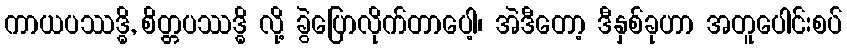
ကာယပဿဒ္ဓိ, စိတ္တပဿဒ္ဓိ လို့ ခွဲပြောလိုက်တာပေါ့၊ အဲဒီတော့ ဒီနှစ်ခုဟာ အတူပေါင်းစပ်